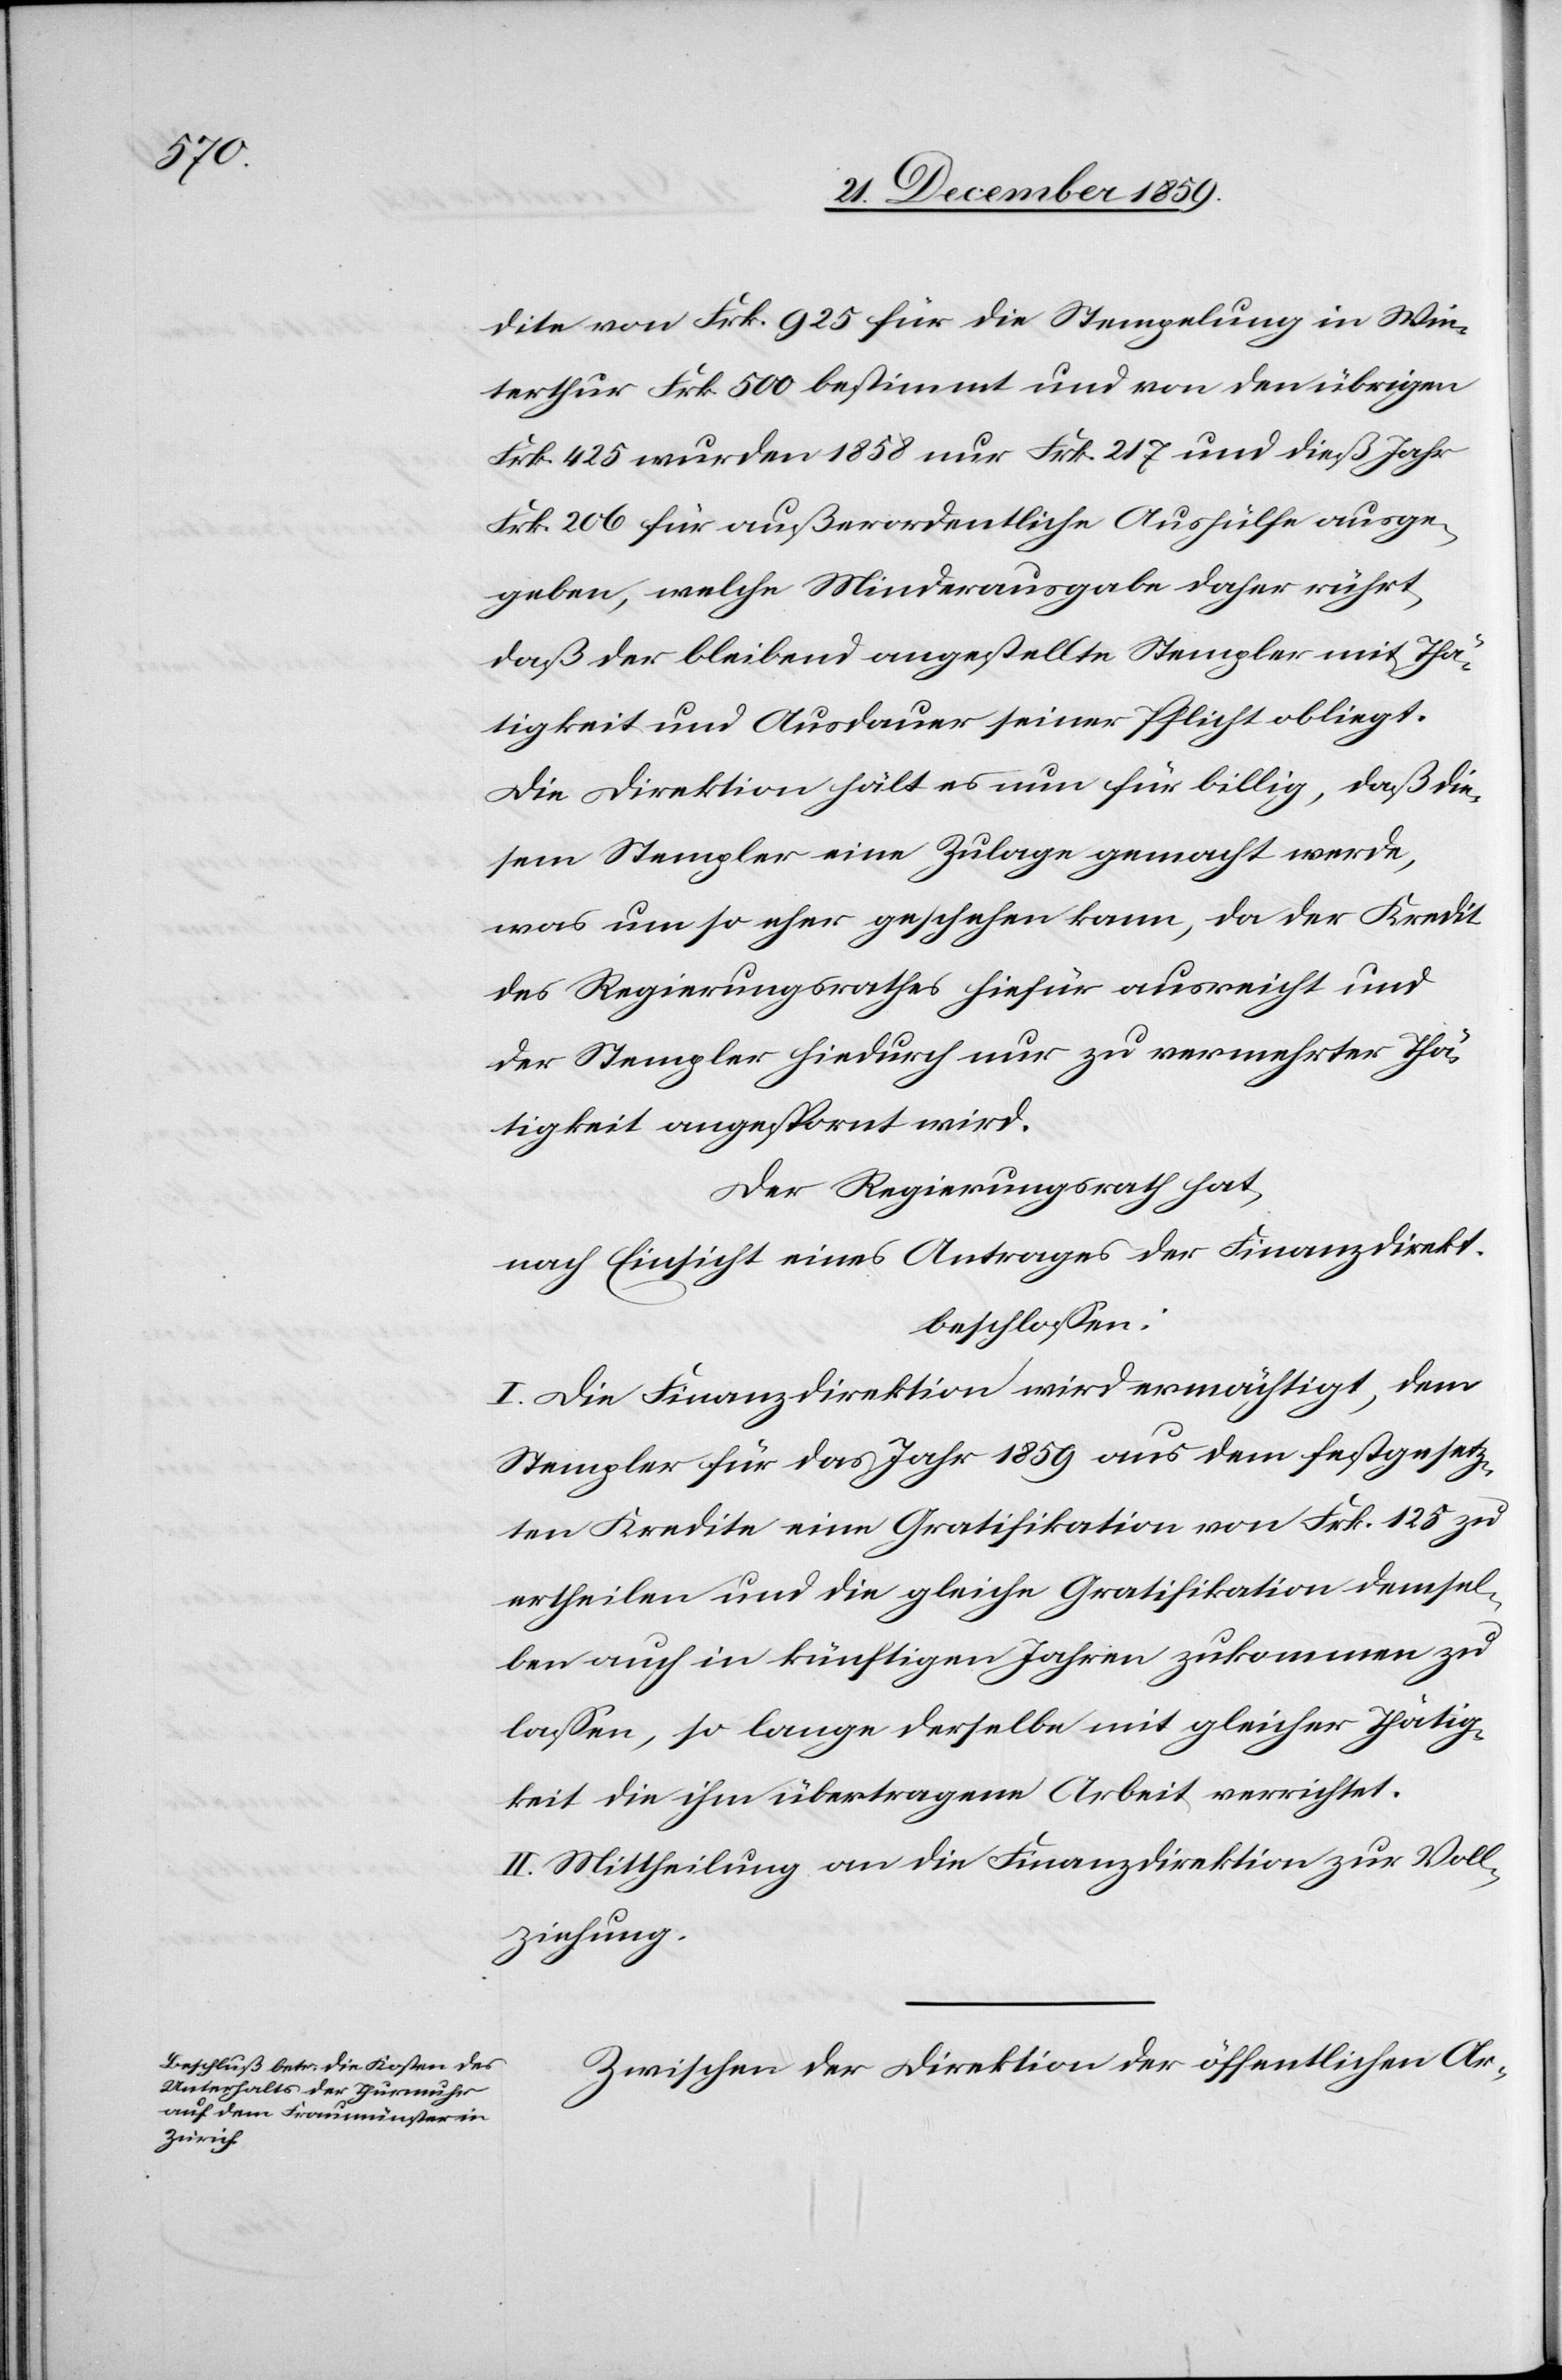
dite von Frk. 925 für die Stempelung in Win¬
terthur Frk. 500 bestimmt und von den übrigen
Frk. 425 wurden 1858 nur Frk. 217 und dieß Jahr
Frk. 206 für außerordentliche Aushülfe ausge¬
geben, welche Minderausgabe daher rührt,
daß der bleibend angestellte Stempler mit Thä¬
tigkeit und Ausdauer seiner Pflicht obliegt.
Die Direktion hält es nun für billig, daß die¬
sem Stempler eine Zulage gemacht werde,
was um so eher geschehen kann, da der Kredit
des Regierungsrathes hiefür ausreicht und
der Stempler hiedurch nur zu vermehrter Thä¬
tigkeit angespornt wird.
Der Regierungsrath hat,
nach Einsicht eines Antrages der Finanzdirekt.
beschlossen:
I. Die Finanzdirektion wird ermächtigt, dem
Stempler für das Jahr 1859 aus dem festgesetz¬
ten Kredite eine Gratifikation von Frk. 125 zu
ertheilen und die gleiche Gratifikation demsel¬
ben auch in künftigen Jahren zukommen zu
lassen, so lange derselbe mit gleicher Thätig¬
keit die ihm übertragene Arbeit verrichtet.
II. Mittheilung an die Finanzdirektion zur Voll¬
ziehung.
Zwischen der Direktion der öffentlichen Ar-